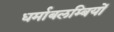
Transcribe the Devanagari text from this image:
धर्माबलम्बियों